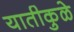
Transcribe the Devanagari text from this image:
यातीकुळे